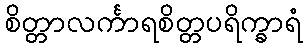
စိတ္တာလင်္ကာရစိတ္တပရိက္ခာရံ